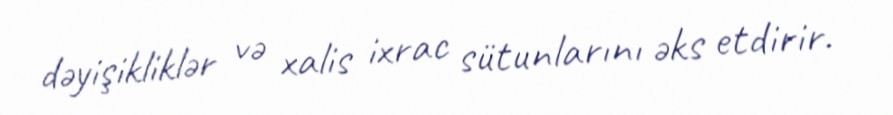
dəyişikliklər və xalis ixrac sütunlarını əks etdirir.